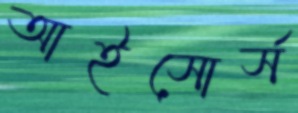
আইসোর্স